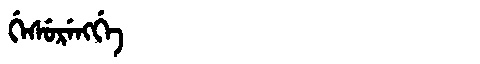
Manchu: ᡤᡝᠰᡠᡵᡝᠩᡤᡝ
Romanization: GESURENGGE